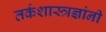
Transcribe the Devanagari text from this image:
तर्कशास्त्रज्ञांनी